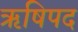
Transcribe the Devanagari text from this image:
ऋषिपद